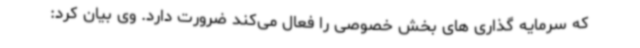
که سرمایه گذاری های بخش خصوصی را فعال می‌کند ضرورت دارد. وی بیان کرد: